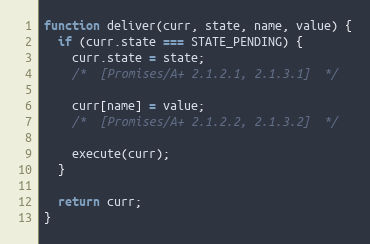
Language: JavaScript
function deliver(curr, state, name, value) {
  if (curr.state === STATE_PENDING) {
    curr.state = state;
    /*  [Promises/A+ 2.1.2.1, 2.1.3.1]  */

    curr[name] = value;
    /*  [Promises/A+ 2.1.2.2, 2.1.3.2]  */

    execute(curr);
  }

  return curr;
}